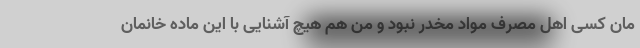
مان کسی اهل مصرف مواد مخدر نبود و من هم هیچ آشنایی با این ماده خانمان